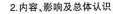
2.内容、影响及总体认识内容 影响总体认识